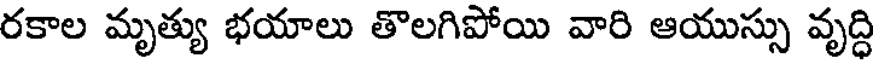
రకాల మృత్యు భయాలు తొలగిపోయి వారి ఆయుస్సు వృద్ధి